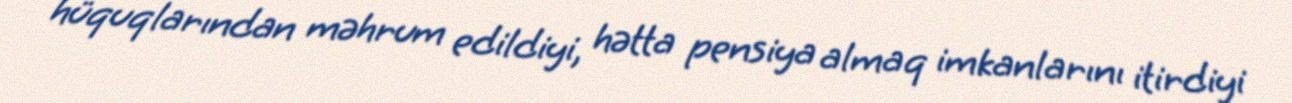
hüquqlarından məhrum edildiyi, hətta pensiya almaq imkanlarını itirdiyi